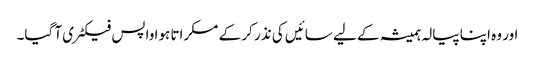
اور وہ اپنا پیالہ ہمیشہ کے لیے سائیں کی نذر کر کے مسکراتا ہوا واپس فیکٹری آ گیا۔